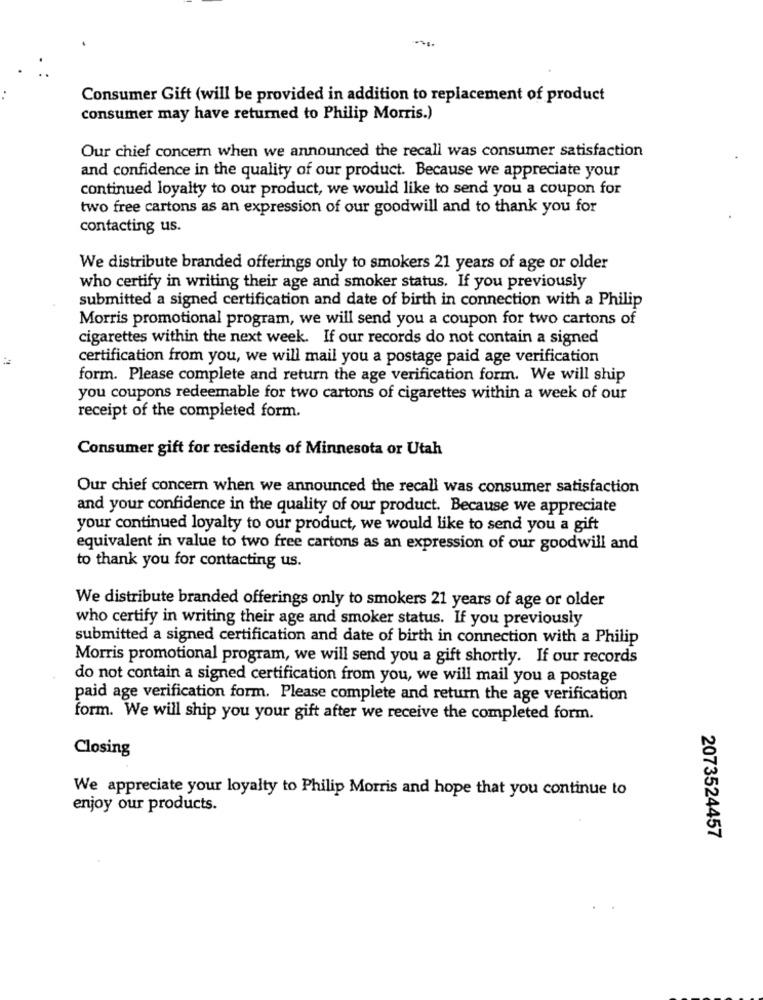
Consumer Gift (will be provided in addition to replacement of product
consumer may have returned to Philip Morris.)
Our chief concern when we announced the recall was consumer satisfaction
and confidence in the quality of our product. Because we appreciate your
continued loyalty to our product, we would like to send you a coupon for
two free cartons as an expression of our goodwill and to thank you for
contacting us.
We distribute branded offerings only to smokers 21 years of age or older
who certify in writing their age and smoker status. If you previously
submitted a signed certification and date of birth in connection with a Philip
Morris promotional program, we will send you a coupon for two cartons of
cigarettes within the next week. If our records do not contain a signed
certification from you, we will mail you a postage paid age verification
form. Please complete and return the age verification form. We will ship
you coupons redeemable for two cartons of cigarettes within a week of our
receipt of the completed form.
Consumer gift for residents of Minnesota or Utah
Our chief concern when we announced the recall was consumer satisfaction
and your confidence in the quality of our product. Because we appreciate
your continued loyalty to our product, we would like to send you a gift
equivalent in value to two free cartons as an expression of our goodwill and
to thank you for contacting us.
We distribute branded offerings only to smokers 21 years of age or older
who certify in writing their age and smoker status. If you previously
submitted a signed certification and date of birth in connection with a Philip
Morris promotional program, we will send you a gift shortly. If our records
do not contain a signed certification from you, we will mail you a postage
paid age verification form. Please complete and return the age verification
form. We will ship you your gift after we receive the completed form.
Closing
We appreciate your loyalty to Philip Morris and hope that you continue to
enjoy our products.
2073524457